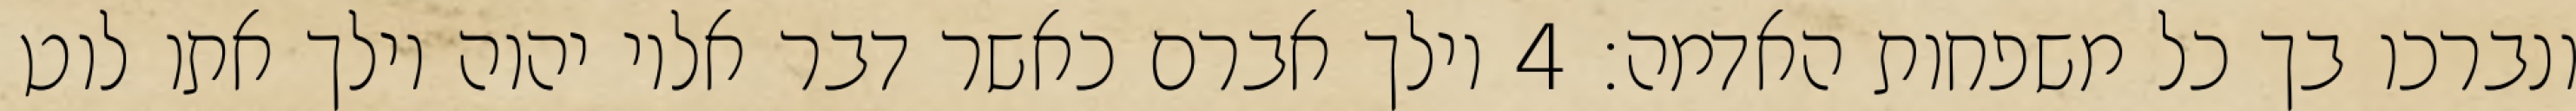
ונברכו בך כל משפחות האדמה׃ ‎4‏ וילך אברם כאשר דבר אליו יהוה וילך אתו לוט